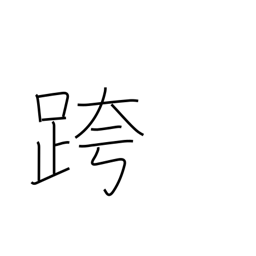
Meaning: straddle